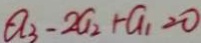
a _ { 3 } - 2 a _ { 2 } + a _ { 1 } = 0